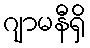
ဂျာမနီရှိ